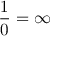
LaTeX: { \frac { 1 } { 0 } } = \infty